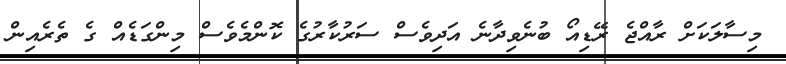
މިސާލަކަށް ރާއްޖެ ރޭޑިއޯ ބުނެވިދާނެ އަދިވެސް ސަރުކާރުގެ ކޮންމެވެސް މިންގަޑެއް ގެ ތެރެއިން